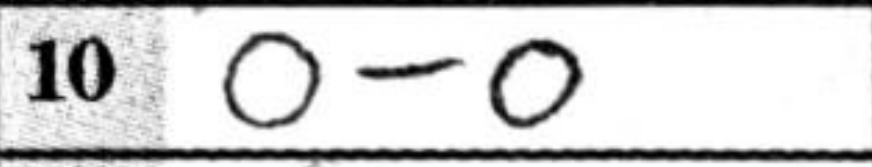
Transcription: O-O